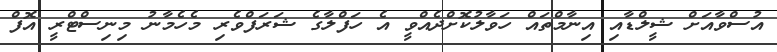
އުސްވާއަށް ޝީލްޑާއި އިނާމްތައް ހަވާލުކޮށްދެއްވީ އެ ހަފްލާގެ ޝަރަފްވެރި މެހެމާނު މިނިސްޓްރީ އޮފް